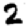
Digit: 2